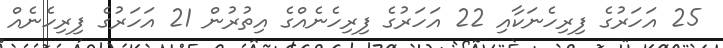
25 އަހަރުގެ ފިރިހެނަކާއި 22 އަހަރުގެ ފިރިހެނެއްގެ އިތުރުން 21 އަހަރުގެ ފިރިހެނެއް